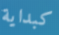
كبداية